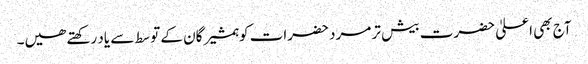
آج بھی اعلیٰ حضرت بیش تر مرد حضرات کو ہمشیرگان کے توسط سے یاد رکھتے ھیں۔